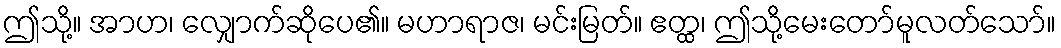
ဤသို့။ အာဟ၊ လျှောက်ဆိုပေ၏။ မဟာရာဇ၊ မင်းမြတ်။ ဧတ္ထ၊ ဤသို့မေးတော်မူလတ်သော်။